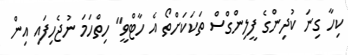
ކިހާ ގިނަ ކުދިންގެ ފީލިންގްސް ތަކަކަށްތޯ އެ ހާޓްވީ" ހިތްހަމަ ނުޖެހިފައި އިން